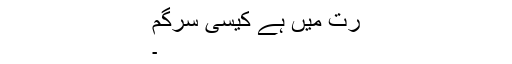
رت میں ہے کیسی سرگم
۔